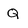
Character: Q